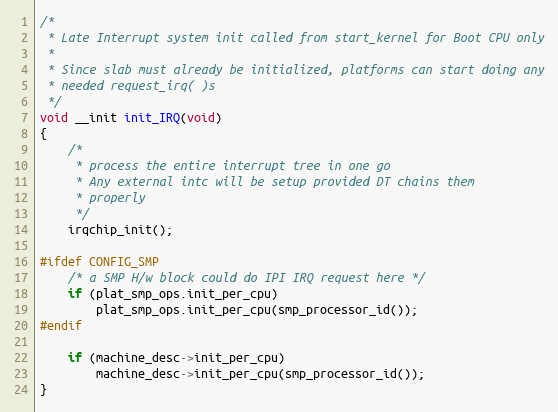
Language: C
/*
 * Late Interrupt system init called from start_kernel for Boot CPU only
 *
 * Since slab must already be initialized, platforms can start doing any
 * needed request_irq( )s
 */
void __init init_IRQ(void)
{
	/*
	 * process the entire interrupt tree in one go
	 * Any external intc will be setup provided DT chains them
	 * properly
	 */
	irqchip_init();

#ifdef CONFIG_SMP
	/* a SMP H/w block could do IPI IRQ request here */
	if (plat_smp_ops.init_per_cpu)
		plat_smp_ops.init_per_cpu(smp_processor_id());
#endif

	if (machine_desc->init_per_cpu)
		machine_desc->init_per_cpu(smp_processor_id());
}